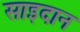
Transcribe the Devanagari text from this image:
साइदान